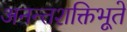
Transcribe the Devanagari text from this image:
अनन्तशक्तिभूते